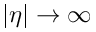
\lvert \eta \rvert \rightarrow \infty